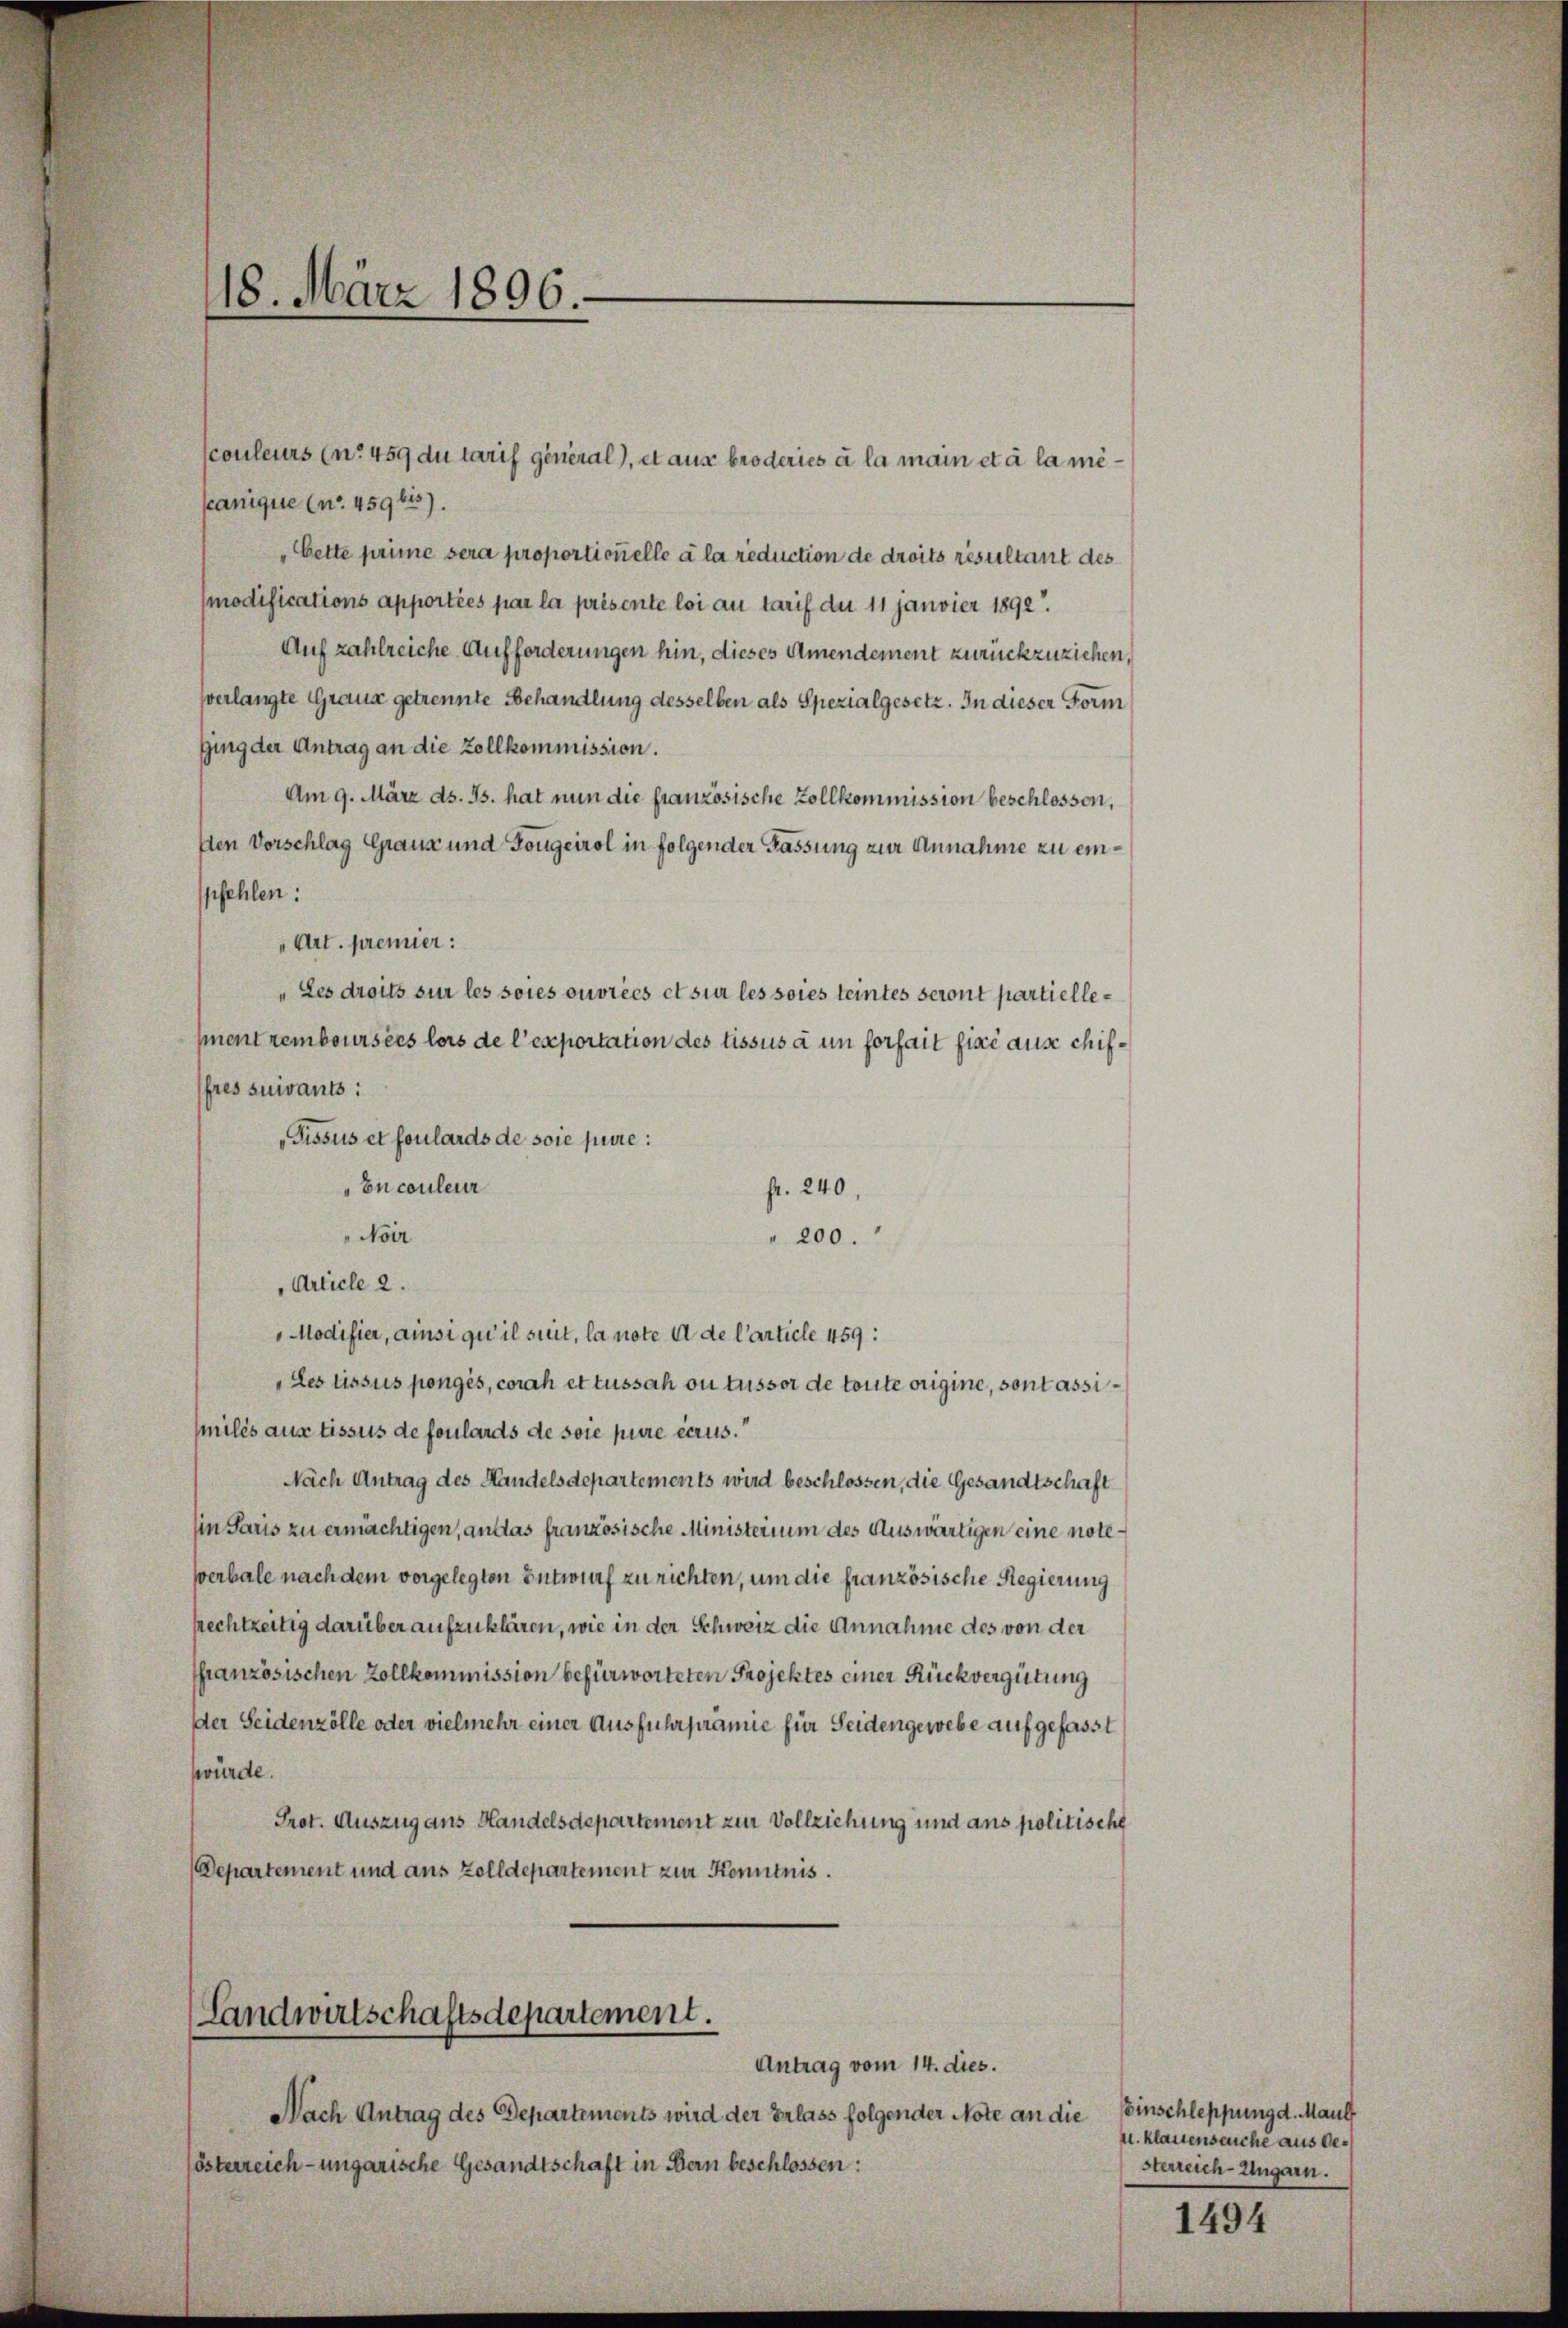
118. März 1896.

anique (no. 459 bis).
"Cette prime sera proportionelle à la reduction de droits resultant des
modifications apportées par la présente loi au tarif du 11 janvier 1890.
Auf zahlreiche Aufforderungen hin, dieses Amendement zurückzuziehen,
verlangte Graus getrennte Behandlung desselben als Spezialgesetz. In dieser Form
ging der Antrag an die Zollkommission.
Am 9. März ds. Js. hat nun die französische Zollkommission beschlossen,
ften Vorschlag Granz und Fougeirol in folgender Fassung zur Annahme zu einpfehlen:
„Art. premier:
„Les droits sur les soies ouvrées et sur les soies teintes seront partiellemnent remboursées lors de l’exportation des Lissus à un forfait fine ause chiffres suivants:
Tissus et foulards de soie pure:
Encouleur
fr. 240,
"Noir
" 200.
Article 2.
Modifier, ainsi qu’il suit, la note a de Carticle 459:
„des Lissus pongés, coral et tussah ou tussor de toute origine, sont assi
miles aus Tissus de foulards de soie pure errus.
Nach Antrag des Handelsdepartements wird beschlossen, die Gesandtschaft
in Paris zu ermächtigen, an das französische Ministerium des Auswärtigen eine noteserbale nach dem vorgelegten Entwurf zu richten, um die französische Regierung
srechtzeitig darüber aufzuklären, wie in der Schweiz die Annahme des von der
ffranzösischen Zollkommission befürworteten Projektes einer Rückvergütung
Der Seidenzölle oder vielmehr einer Ausfuhrprämie für Seidengewebe aufgefasst
würde.
Prot. Auszug aus Handelsdepartement zur Vollziehung und aus politische
Departement und aus Zolldepartement zur Kenntnis.

scouleurs (nr 459 du tarif general), et aus broderies à la main et à la me¬

(Landwirtschaftsdepartement.

Antrag vom 14. dies.
Nach Antrag des Departements wird der Erlass folgender Note an die
österreich-ungarische Gesandtschaft in Bern beschlossen:

Einschleppung d. Maul
u. klassenseuche aus der
sterreich-Ungarn.

1494